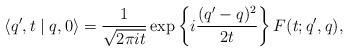
\begin{align*} \langle q',t\mid q,0 \rangle = \frac{1}{\sqrt{2\pi it}} \exp \left\{i \frac{(q'-q)^2}{2t} \right\} F(t;q',q),\end{align*}